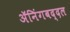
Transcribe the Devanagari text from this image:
ॲनिंगबद्दल